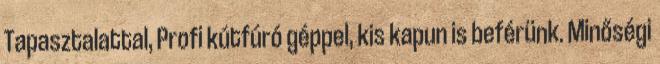
Tapasztalattal, Profi kútfúró géppel, kis kapun is beférünk. Minőségi